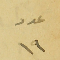
عدد ١٩